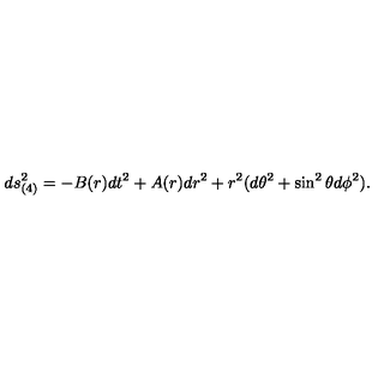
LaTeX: d s _ { ( 4 ) } ^ { 2 } = - B ( r ) d t ^ { 2 } + A ( r ) d r ^ { 2 } + r ^ { 2 } ( d \theta ^ { 2 } + \sin ^ { 2 } \theta d \phi ^ { 2 } ) .